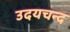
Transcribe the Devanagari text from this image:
उदयचन्द